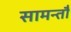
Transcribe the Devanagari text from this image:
सामन्तौं